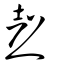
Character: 㷫